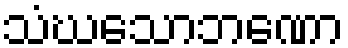
သံဃသောဘဏော